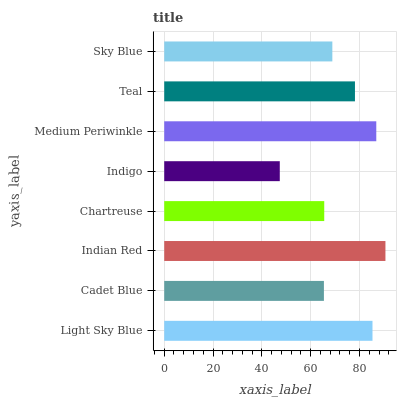
| yaxis_label | bars |
 | --- | --- |
 | Light Sky Blue | 85.3 |
 | Cadet Blue | 65.4 |
 | Indian Red | 90.6 |
 | Chartreuse | 65.6 |
 | Indigo | 47.3 |
 | Medium Periwinkle | 86.9 |
 | Teal | 78.2 |
 | Sky Blue | 68.9 |